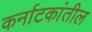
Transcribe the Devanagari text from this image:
कर्नाटकांतील